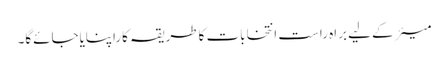
میئرکے لیے براہ راست انتخابات کاطریقہ کاراپنایاجائےگا۔